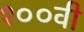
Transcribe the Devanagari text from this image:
१००वी